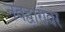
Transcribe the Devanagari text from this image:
नवद्वारांवर